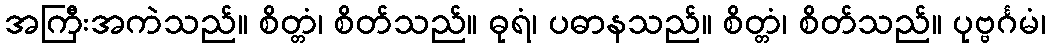
အကြီးအကဲသည်။ စိတ္တံ၊ စိတ်သည်။ ဓုရံ၊ ပဓာနသည်။ စိတ္တံ၊ စိတ်သည်။ ပုဗ္ဗင်္ဂမံ၊